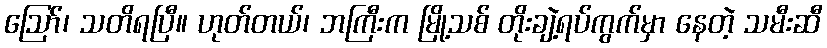
ဪ၊ သတိရပြီ။ ဟုတ်တယ်၊ ဘကြီးက မြို့သစ် တိုးချဲ့ရပ်ကွက်မှာ နေတဲ့ သမီးဆီ